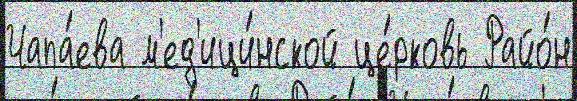
Чапа́ева м'ед'ици́нской це́рковь Райо́н